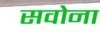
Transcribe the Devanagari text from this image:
सवोना